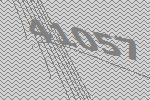
41057